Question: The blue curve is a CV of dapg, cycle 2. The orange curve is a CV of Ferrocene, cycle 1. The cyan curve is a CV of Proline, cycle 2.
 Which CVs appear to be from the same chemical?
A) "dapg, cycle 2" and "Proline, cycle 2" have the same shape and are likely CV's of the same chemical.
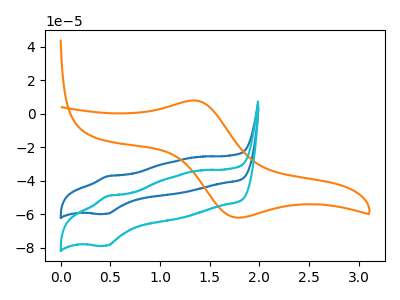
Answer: <think>The blue curve "dapg, cycle 2" has an anodic peak at (0.45V, -37.25uA) and a cathodic peak at (0.45V, -59.65uA). The orange curve "Ferrocene, cycle 1" has an anodic peak at (1.35V, 7.95uA) and a cathodic peak at (1.75V, -61.90uA). The cyan curve "Proline, cycle 2" has an anodic peak at (0.45V, -49.10uA) and a cathodic peak at (0.45V, -78.60uA).
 "dapg, cycle 2" and "Ferrocene, cycle 1" have at least one peak that do not match. All the peaks in "dapg, cycle 2" have a peak in "Proline, cycle 2" at the same potential. "Ferrocene, cycle 1" and "Proline, cycle 2" have at least one peak that do not match.</think>
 <answer>A) "dapg, cycle 2" and "Proline, cycle 2" have the same shape and are likely CV's of the same chemical.</answer>
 <eval>A</eval>